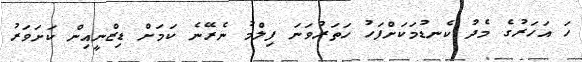
ހަ އަހަރުގެ މެދު ކެނޑުމަކަށްފަހު ހަތަރުވަނަ ފިލްމު ނެރޭނެ ކަމަށް ޑިޒްނީއިން ކަށަވަރު